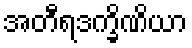
အတီရဒက္ခိဏိယာ